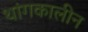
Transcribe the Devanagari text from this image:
थांगकालीन